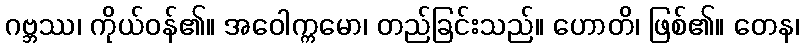
ဂဗ္ဘဿ၊ ကိုယ်ဝန်၏။ အဝေါက္ကမော၊ တည်ခြင်းသည်။ ဟောတိ၊ ဖြစ်၏။ တေန၊